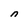
Character: n